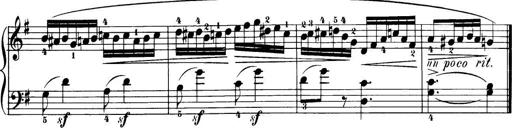
Title: 32 Sonatinas and Rondos for the Piano
Composer: Richard Kleinmichel